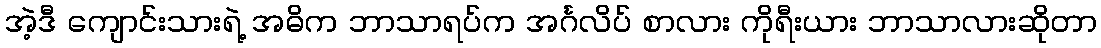
အဲ့ဒီ ကျောင်းသားရဲ့ အဓိက ဘာသာရပ်က အင်္ဂလိပ် စာလား ကိုရီးယား ဘာသာလားဆိုတာ